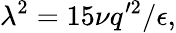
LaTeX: \lambda^{2}=15\nu q^{\prime 2}/\epsilon,